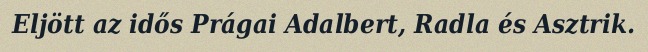
Eljött az idős Prágai Adalbert, Radla és Asztrik.